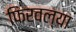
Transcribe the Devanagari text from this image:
फिरवल्या